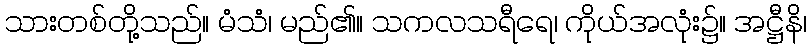
သားတစ်တို့သည်။ မံသံ၊ မည်၏။ သကလသရီရေ၊ ကိုယ်အလုံး၌။ အဋ္ဌီနိ၊